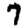
Digit: 7